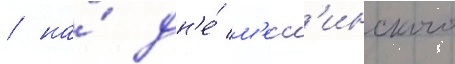
/ на́ дн'е́ м'есс'инского